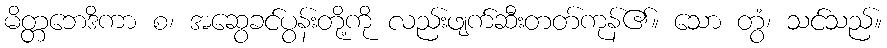
မိတ္တဘေဒိကာ စ၊ အဆွေခင်ပွန်းတို့ကို လည်းဖျက်ဆီးတတ်ကုန်၏။ သော တွံ၊ သင်သည်။